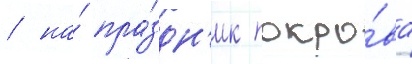
/ на́ пра́здн'ик покро́ва